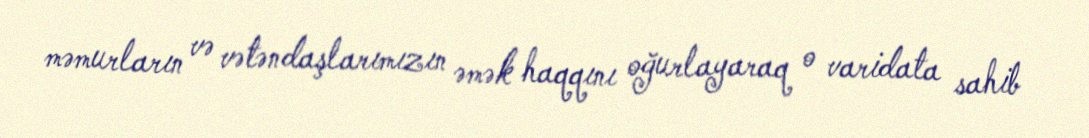
məmurların və vətəndaşlarımızın əmək haqqını oğurlayaraq o varidata sahib